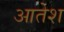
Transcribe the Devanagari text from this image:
आतेश